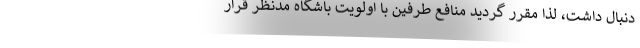
دنبال داشت، لذا مقرر گردید منافع طرفین با اولویت باشگاه مدنظر قرار